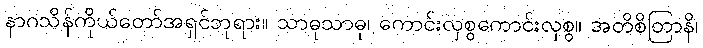
နာဂသိန်ကိုယ်တော်အရှင်ဘုရား။ သာဓုသာဓု၊ ကောင်းလှစွကောင်းလှစွ။ အတိစိတြာနိ၊